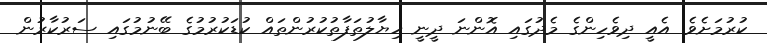
ކުރުމަށެވެ. އެއީ ދިވެހިންގެ މެދުގައި އޮންނަ ދީނީ ހިޔާލުތަފާތުކުރުންތައް ކުޑަކުރުމުގެ ބޭނުމުގައި ސަރުކާރުން